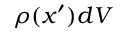
\rho ( { \boldsymbol { x } } ^ { \prime } ) d V